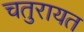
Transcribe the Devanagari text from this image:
चतुरायत